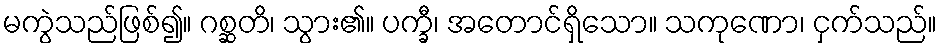
မကွဲသည်ဖြစ်၍။ ဂစ္ဆတိ၊ သွား၏။ ပက္ခီ၊ အတောင်ရှိသော။ သကုဏော၊ ငှက်သည်။